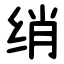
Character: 绡